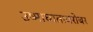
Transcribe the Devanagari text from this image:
उष्माघाताबरोबर